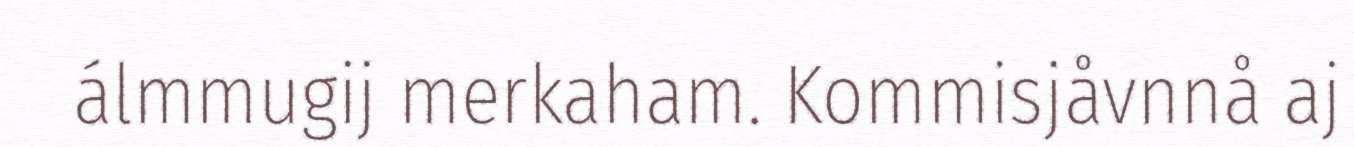
álmmugij merkaham. Kommisjåvnnå aj